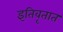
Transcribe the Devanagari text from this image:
इतिवृतात